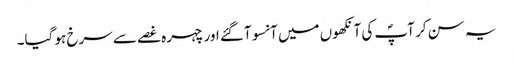
یہ سن کر آپؐ کی آنکھوں میں آنسو آگئے اور چہرہ غصے سے سرخ ہو گیا۔